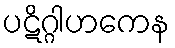
ပဋိဂ္ဂါဟကေန